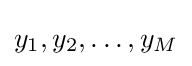
y_{1},y_{2},\ldots ,y_{M}